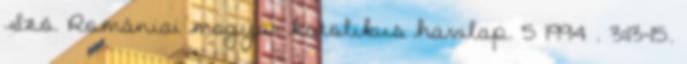
Szó. Romániai magyar katolikus havilap. 5 1994 . 3:13-15.